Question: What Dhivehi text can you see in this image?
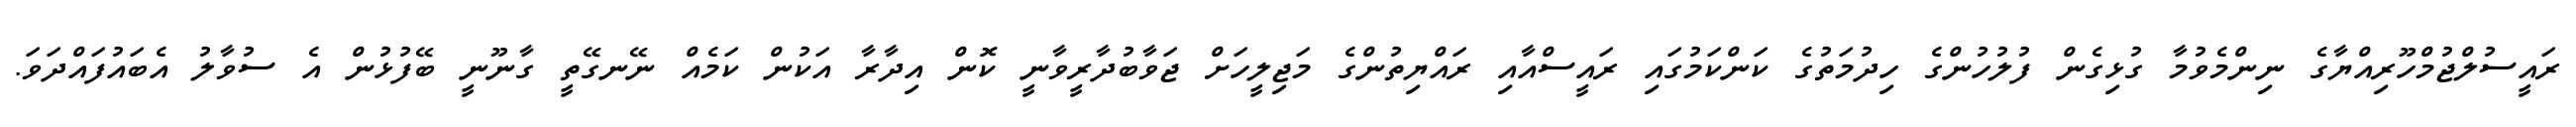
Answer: ރައީސުލްޖުމްހޫރިއްޔާގެ ނިންމެވުމާ ގުޅިގެން ފުލުހުންގެ ހިދުމަތުގެ ކަންކަމުގައި ރައީސްއާއި ރައްޔިތުންގެ މަޖިލީހަށް ޖަވާބުދާރީވާނީ ކޮން އިދާރާ އަކުން ކަމެއް ނޭނގޭތީ ގާނޫނީ ބޭފުޅުން އެ ސުވާލު އެބައުފައްދަވަ.